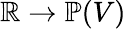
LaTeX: \mathbb{R}\to\mathbb{P}(V)